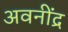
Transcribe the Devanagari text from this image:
अवनींद्र